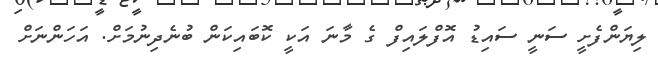
ލިޔަންފެށީ ސަނީ ސައިޑު އޮފްލައިފް ގެ މާނަ އަކީ ކޮބައިކަން ބުނެދިނުމަށް. އަހަންނަށް